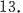
13.